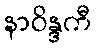
နာဝိန္ဒကီ